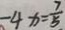
- 4 x = \frac { 7 } { 5 }